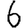
Digit: 6